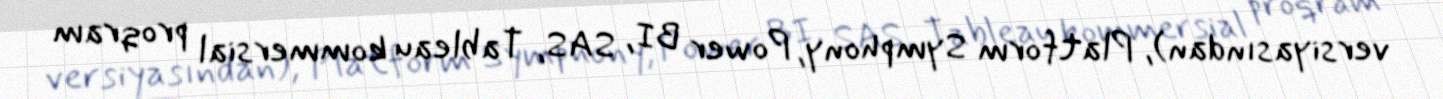
versiyasından), Platform Symphony, Power BI, SAS, Tableau kommersial proqram